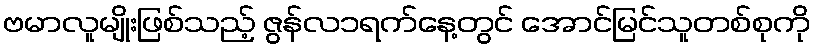
ဗမာလူမျိုးဖြစ်သည့် ဇွန်လ၁ရက်နေ့တွင် အောင်မြင်သူတစ်စုကို